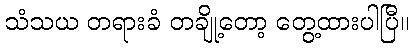
သံသယ တရားခံ တချို့တော့ တွေ့ထားပါပြီ။